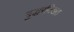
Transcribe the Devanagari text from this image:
बुद्धरविखत